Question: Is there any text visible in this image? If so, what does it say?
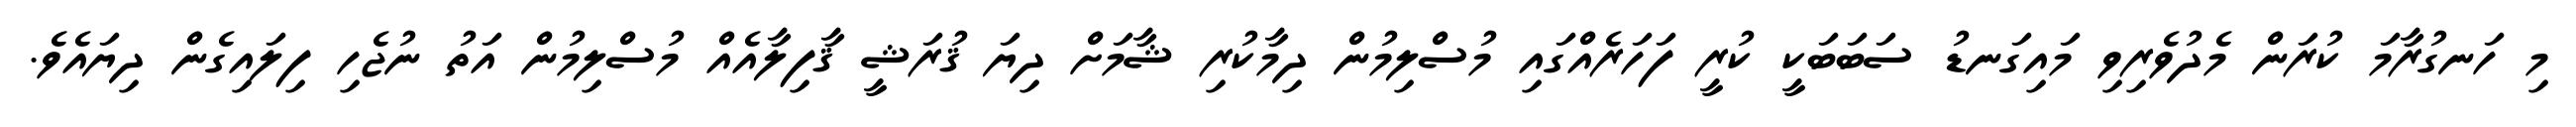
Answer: މި ހަނގުރާމަ ކުރަން މެދުވެރިވި މައިގަނޑު ސަބަބަކީ ކުރީ ފަހަރެއްގައި މުސްލިމުން ދިމާކުރި ޝާމަށް ދިޔަ ޤުރަޝީ ޤާފިލާއެއް މުސްލިމުން އަތު ނުޖެހި ފިލައިގެން ދިޔައެވެ.